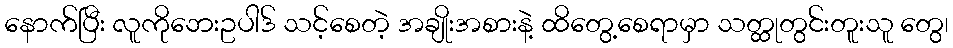
နောက်ပြီး လူကိုဘေးဥပါဒ် သင့်စေတဲ့ အချိုးအစားနဲ့ ထိတွေ့စေရာမှာ သတ္ထုတွင်းတူးသူ တွေ၊